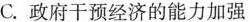
C.政府干预经济的能力加强